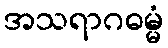
အသရာဂဓမ္မံ